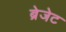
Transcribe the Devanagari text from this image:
ब्रेजेट